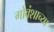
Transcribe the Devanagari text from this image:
गोवंशाच्या